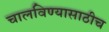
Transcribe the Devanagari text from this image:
चालविण्यासाठीच